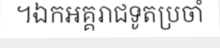
។ឯកអគ្គរាជទូតប្រចាំ